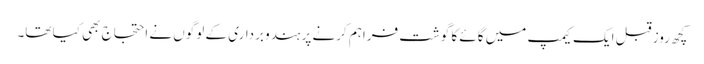
کچھ روز قبل ایک کیمپ میں گائے کا گوشت فراہم کرنے پر ہندو برداری کے لوگوں نے احتجاج بھی کیا تھا۔